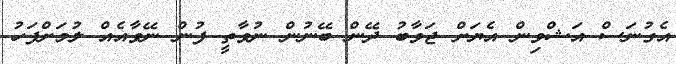
އެގުނަސް އަޝްވިން އެޔަށް ޖަވާބު ދޭން ބޭނުން ނުވާތީ ފުން ނޭވާއެއް ލުމަށްފަހު